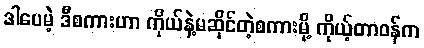
ဒါပေမဲ့ ဒီစကားဟာ ကိုယ်နဲ့မဆိုင်တဲ့စကားမို့ ကိုယ့်တာဝန်က